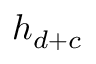
h _ { d + c }